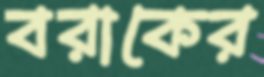
বরাকের